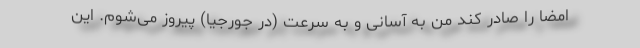
امضا را صادر کند من به آسانی و به سرعت (در جورجیا) پیروز می‌شوم. این